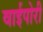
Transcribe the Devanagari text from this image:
वाईपोरी